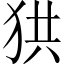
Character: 𤞒